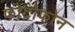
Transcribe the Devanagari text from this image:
फोटोफोन